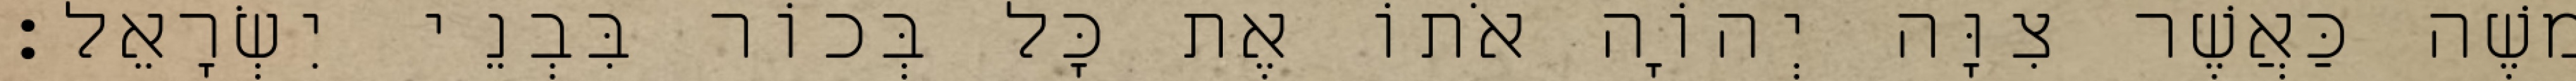
משֶׁה כַּאֲשֶׁר צִוָּה יְהוָֹה אֹתוֹ אֶת כָּל בְּכוֹר בִּבְנֵי יִשְׂרָאֵל׃